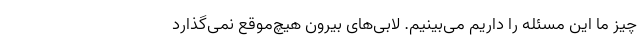
چیز ما این مسئله را داریم می‌بینیم. لابی‌های بیرون هیچ‌موقع نمی‌گذارد